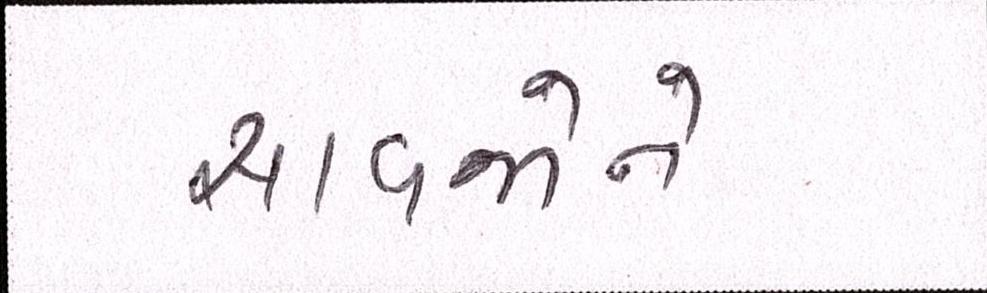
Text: સાવજોને